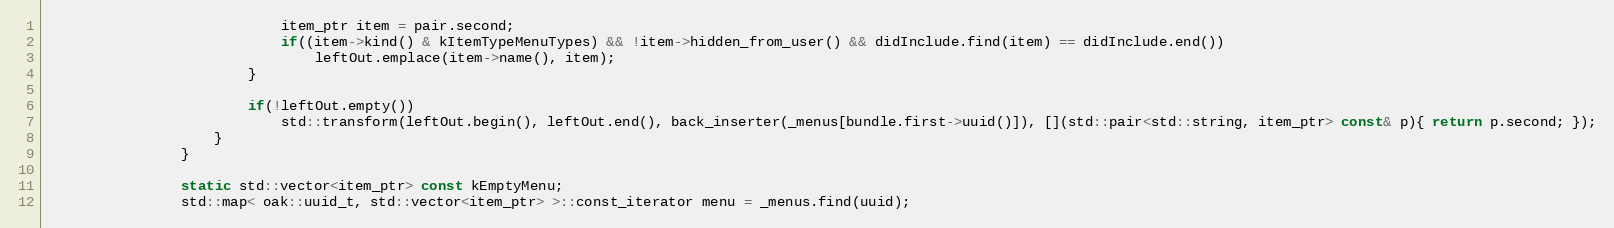
Language: C++
							item_ptr item = pair.second;
							if((item->kind() & kItemTypeMenuTypes) && !item->hidden_from_user() && didInclude.find(item) == didInclude.end())
								leftOut.emplace(item->name(), item);
						}

						if(!leftOut.empty())
							std::transform(leftOut.begin(), leftOut.end(), back_inserter(_menus[bundle.first->uuid()]), [](std::pair<std::string, item_ptr> const& p){ return p.second; });
					}
				}

				static std::vector<item_ptr> const kEmptyMenu;
				std::map< oak::uuid_t, std::vector<item_ptr> >::const_iterator menu = _menus.find(uuid);